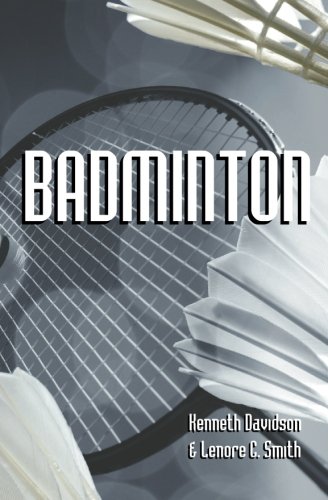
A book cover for Badminton; Kenneth Davidson; Sports & Outdoors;